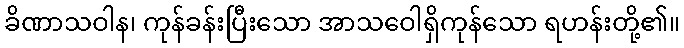
ခိဏာသဝါန၊ ကုန်ခန်းပြီးသော အာသဝေါရှိကုန်သော ရဟန်းတို့၏။